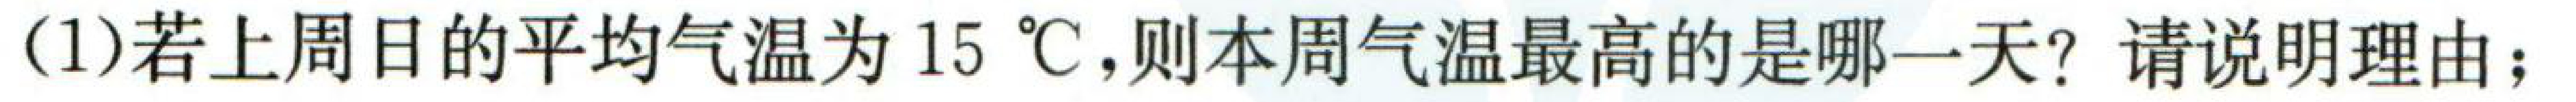
(1)若上周日的平均气温为\(15\ ^{\circ}\text{C}\)，则本周气温最高的是哪一天？请说明理由；